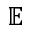
\mathbb { E }